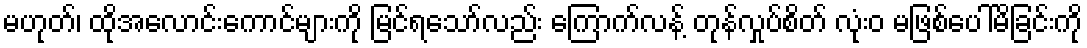
မဟုတ်၊ ထိုအလောင်းကောင်များကို မြင်ရသော်လည်း ကြောက်လန့် တုန်လှုပ်စိတ် လုံးဝ မဖြစ်ပေါ်မိခြင်းကို